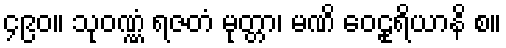
၄၉၀။ သုဝဏ္ဏံ ရဇတံ မုတ္တာ၊ မဏိ ဝေဠုရိယာနိ စ။